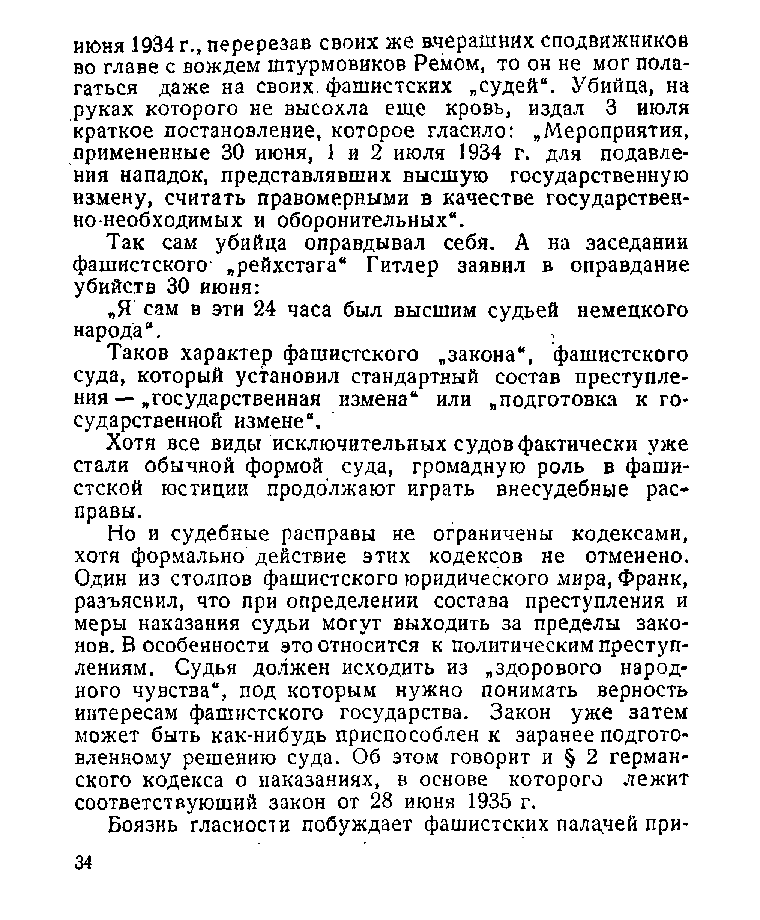
июня 1934 г., перерезав своих же вчерашних сподвижников
 во главе с вождем штурмовиков Ремом, то он не мог пола­
 гаться даже на своих, фашистских „судей“. Убийца, на
 руках которого не высохла еще кровь, издал 3 июля
 краткое постановление, которое гласило: „Мероприятия,
 примененные 30 июня, 1 и 2 июля 1934 г. для подавле­
 ния нападок, представлявших высшую государственную
 измену, считать правомерными в качестве государствен­
 но-необходимых и оборонительных“.
 Так сам убийца оправдывал себя. А на заседании
 фашистского „рейхстага“ Гитлер заявил в оправдание
 убийств 30 июня:
 „Я сам в эти 24 часа был высшим судьей немецкого
 народа“.
 Таков характер фашистского „закона“, фашистского
 суда, который установил стандартный состав преступле­
 ния — „государственная измена“ или „подготовка к го­
 сударственной измене“.
 Хотя все виды исключительных судов фактически уже
 стали обычной формой суда, громадную роль в фаши­
 стской юстиции продолжают играть внесудебные рас­
 правы.
 Но и судебные расправы не ограничены кодексами,
 хотя формально действие этих кодексов не отменено.
 Один из столпов фашистского юридического мира, Франк,
 разъяснил, что при определении состава преступления и
 меры наказания судьи могут выходить за пределы зако­
 нов. В особенности это относится к политическим преступ­
 лениям. Судья должен исходить из „здорового народ­
 ного чувства“, под которым нужно понимать верность
 интересам фашистского государства. Закон уже затем
 может быть как-нибудь приспособлен к заранее подгото­
 вленному решению суда. Об этом говорит и § 2 герман­
 ского кодекса о наказаниях, в основе которого лежит
 соответствующий закон от 28 июня 1935 г.
 Боязнь гласности побуждает фашистских палдчей при­
 34